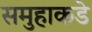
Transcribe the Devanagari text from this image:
समुहाकडे